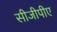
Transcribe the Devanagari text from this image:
सीजीपीए